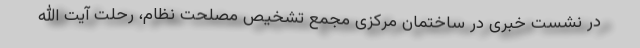
در نشست خبری در ساختمان مرکزی مجمع تشخیص مصلحت نظام، رحلت آیت الله